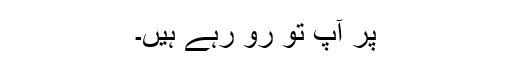
پر آپ تو رو رہے ہیں۔